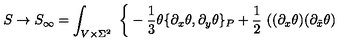
S \to S _ { \infty } = \int _ { V \times \Sigma ^ { 2 } } \ \bigg \{ - \frac { 1 } { 3 } \theta \{ \partial _ { x } \theta , \partial _ { y } \theta \} _ { P } + \frac { 1 } { 2 } \ ( ( \partial _ { x } \theta ) ( \partial _ { \tilde { x } } \theta )